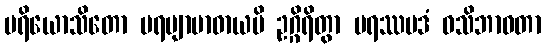
ပရိယောသိတော ပရဗျာဗာဓာယပိ ဥဂ္ဂိရိတွာ ပရဿပဒံ ဝသိဘာဝတာ